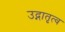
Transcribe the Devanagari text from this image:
उद्गातृत्व